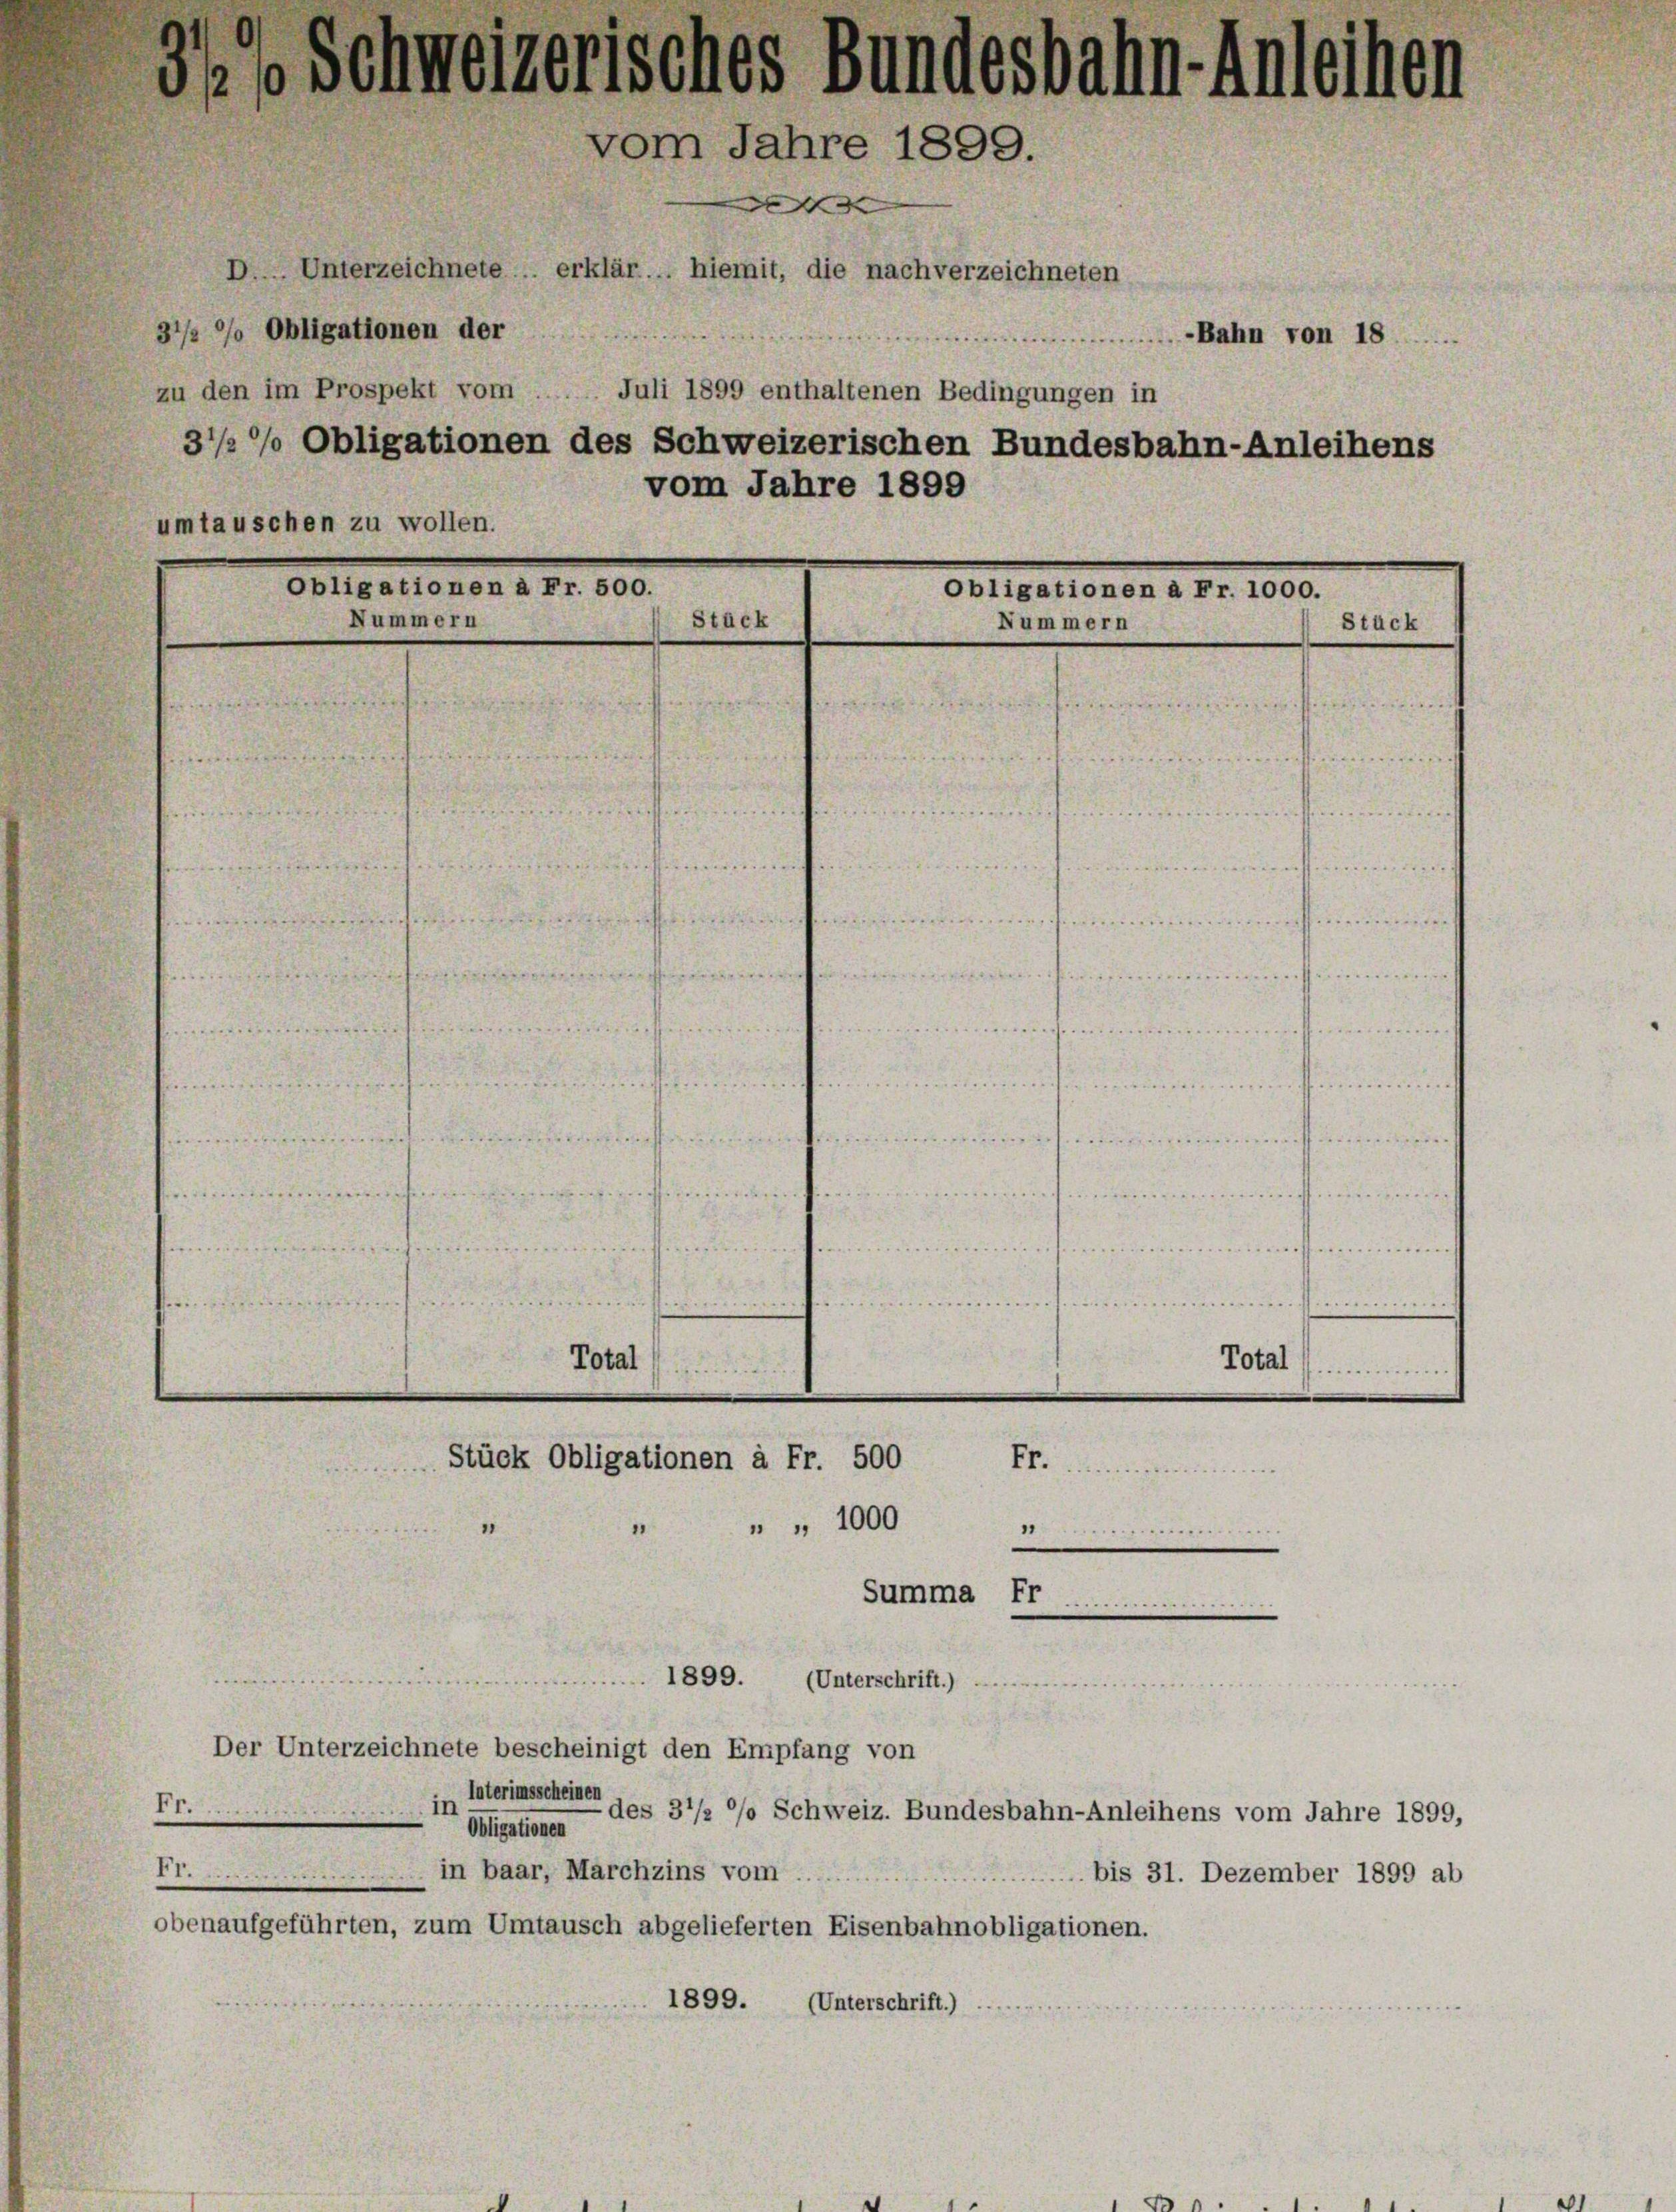
3/ Schweizerisches Bundesbahn- Anleihen
vom Jahre 1899.

D. Unterzeichnete .. erklär... hiemit, die nach verzeichneten
31/2 % Obligationen der
zu den im Prospekt vom
Juli 1899 enthaltenen Bedingungen in
31/2 % Obligationen des Schweizerischen Bundesbahn-Anleihens
vom Jahre 1899
umtauschen zu wollen.
Collationen. Fr. 800.
Seligationen Ao. 100.
Nummern
Stack
Stack
Nummern

Fr.

Total

Stück Obligationen à Fr. 500

" " 1000
“
n
Summa Fr.

Fr.

1899. (Unterschrift.)
Der Unterzeichnete bescheinigt den Empfang von
Interimsscheinen
in
Aligationen
Frin baar, Marchzins vom.
 bis 31. Dezember 1899 ab
obenaufgeführten, zum Umtausch abgelieferten Eisenbahnobligationen.
1899.
(Unterschrift.)

des 3 1/2 % Schweiz. Bundesbahn-Anleihens vom Jahre 1899,

-Bahn von 18

Total